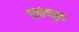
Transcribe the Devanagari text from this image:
एकभूक्त